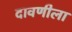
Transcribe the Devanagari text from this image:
दावणीला